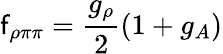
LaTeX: \mathsf{f}_{\rho\pi\pi}=\frac{{g_{\rho}}}{{2}}(1+g_{A})